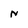
Character: N